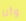
وأنا